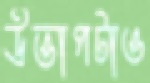
উত্তাপটাও